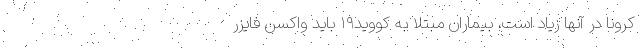
کرونا در آنها زیاد است، بیماران مبتلا به کووید۱۹ باید واکسن فایزر